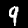
Digit: 9